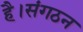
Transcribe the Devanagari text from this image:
है।संगठन